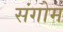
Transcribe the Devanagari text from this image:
संगोम